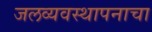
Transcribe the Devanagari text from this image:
जलव्यवस्थापनाचा